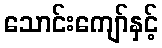
သောင်းကျော်နှင့်